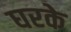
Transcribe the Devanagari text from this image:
घरके